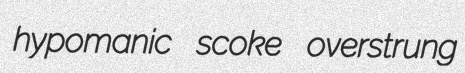
hypomanic scoke overstrung